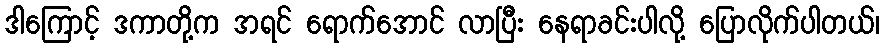
ဒါကြောင့် ဒကာတို့က အရင် ရောက်အောင် လာပြီး နေရာခင်းပါလို့ ပြောလိုက်ပါတယ်၊